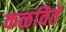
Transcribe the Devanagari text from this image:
कळविते